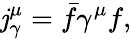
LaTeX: \mathit{j}_{\gamma}^{\mu}=\bar{{f}}\gamma^{\mu}f,